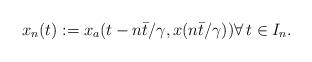
LaTeX: \begin{align*}x_n(t) :=x_a(t-n{\bar{t}}/{\gamma},x(n{\bar{t}}/{\gamma})) \forall \, t \in I_n.\end{align*}